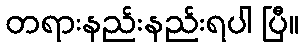
တရားနည်းနည်းရပါ ပြီ။